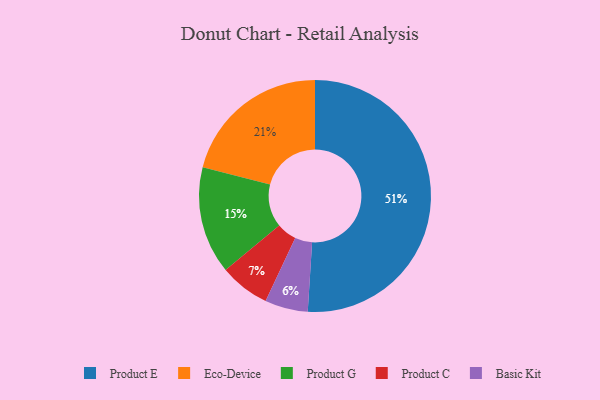
{"axis": {"x": "Category", "y": "Percentage"}, "legend": ["Basic Kit", "Eco-Device", "Product C", "Product E", "Product G"], "data": [{"x": "Product E", "y": 51, "type": "Product E"}, {"x": "Product C", "y": 7, "type": "Product C"}, {"x": "Product G", "y": 15, "type": "Product G"}, {"x": "Eco-Device", "y": 21, "type": "Eco-Device"}, {"x": "Basic Kit", "y": 6, "type": "Basic Kit"}]}